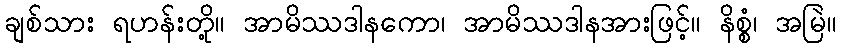
ချစ်သား ရဟန်းတို့။ အာမိဿဒါနကော၊ အာမိဿဒါနအားဖြင့်။ နိစ္စံ၊ အမြဲ။